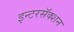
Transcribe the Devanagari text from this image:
इन्टरसॅक्शन